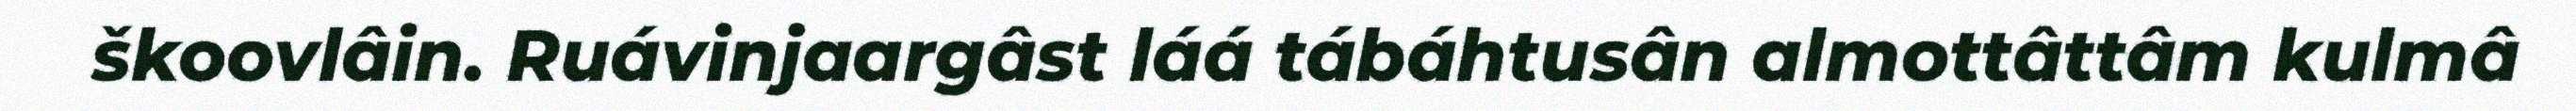
škoovlâin. Ruávinjaargâst láá tábáhtusân almottâttâm kulmâ